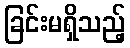
ခြင်းမရှိသည့်